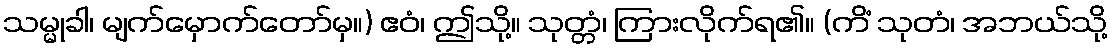
သမ္မုခါ၊ မျက်မှောက်တော်မှ။) ဧဝံ၊ ဤသို့။ သုတ္တံ၊ ကြားလိုက်ရ၏။ (ကိံ သုတံ၊ အဘယ်သို့